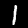
Label: 1